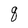
Character: q